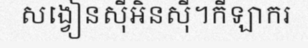
សង្វៀនស៊ីអិនស៊ី។កីឡាករ